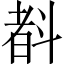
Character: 𣂃